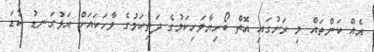
އެއް ކަންތައް މި ރަށުގައި އޮތް ބޯހިޔާވަހިކަމުގެ ދަތިކަމުގެ ވާހަކައަށް އަޅުގަނޑު ކުޑަ